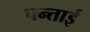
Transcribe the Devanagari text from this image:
पन्ताई